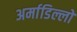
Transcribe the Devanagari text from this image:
अर्माडिल्लो